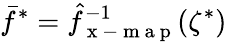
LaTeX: \bar{f}^{*}=\hat{f}_{\mathrm{~x~-~m~a~p~}}^{-1}(\zeta^{*})